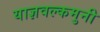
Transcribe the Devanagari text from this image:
याज्ञवल्कमुनी